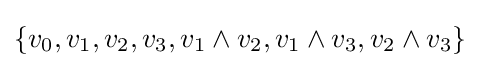
\{v_{0},v_{1},v_{2},v_{3},v_{1}\wedge v_{2},v_{1}\wedge v_{3},v_{2}\wedge v_{3}\}